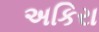
અકિરા